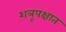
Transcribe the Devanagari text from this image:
शत्रूपक्षात